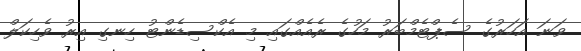
ވަނަ އަހަރުގެ ސެޕްޓެމްބަރު މަހުގެ ރެއެއްގައި މި އެކްސިޑެންޓު ހިނގި އިރު ވެހިކަލް